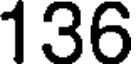
136